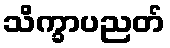
သိက္ခာပညတ်